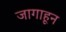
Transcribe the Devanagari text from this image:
जागाहून